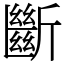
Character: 斷